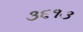
૩૬૧૩